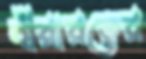
বীরারত্নের